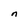
Character: n